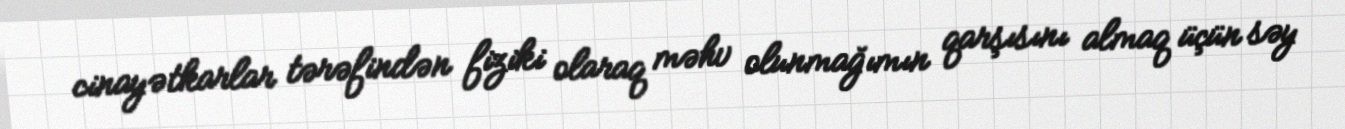
cinayətkarlar tərəfindən fiziki olaraq məhv olunmağımın qarşısını almaq üçün səy